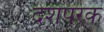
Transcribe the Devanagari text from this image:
देशपरक